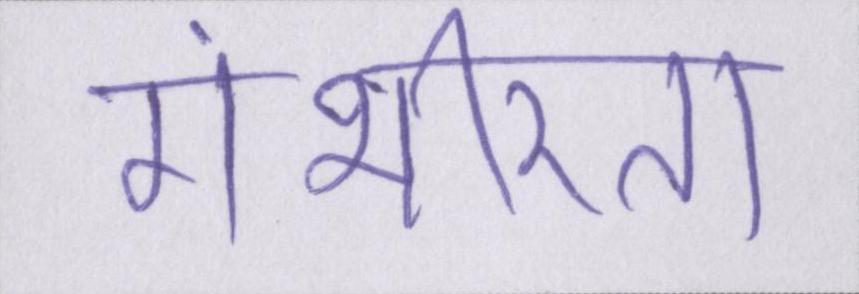
गंभीरता